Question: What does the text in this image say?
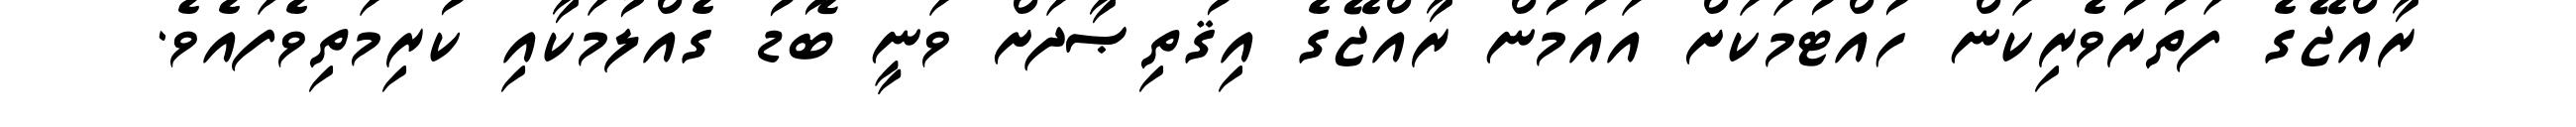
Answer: ރާއްޖޭގެ ފަތުރުވެރިކަން ހުއްޓުމަކަށް އައުމުން ރާއްޖޭގެ އިޤުތިޞާދަށް ވަނީ ބޮޑު ގެއްލުމަކާއި ކުރިމަތިވެފައެވެ.